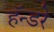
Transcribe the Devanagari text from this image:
हॅन्डरे